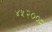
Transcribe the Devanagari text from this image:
४५२००८